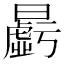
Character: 𱢱